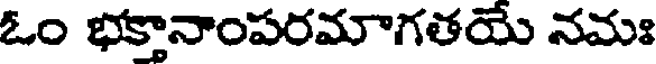
ఓం భక్తానాంపరమాగతయే నమః